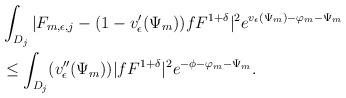
LaTeX: \begin{align*} &\int_{D_j}|F_{m,\epsilon,j}-(1-v'_{\epsilon}(\Psi_m)){fF^{1+\delta}}|^{2}e^{v_{\epsilon}(\Psi_m)-\varphi_{m}-\Psi_m} \\&\leq\int_{D_j}(v''_{\epsilon}(\Psi_m))|fF^{1+\delta}|^2e^{-\phi-\varphi_{m}-\Psi_m}. \end{align*}